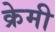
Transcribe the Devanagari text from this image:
क्रेमी